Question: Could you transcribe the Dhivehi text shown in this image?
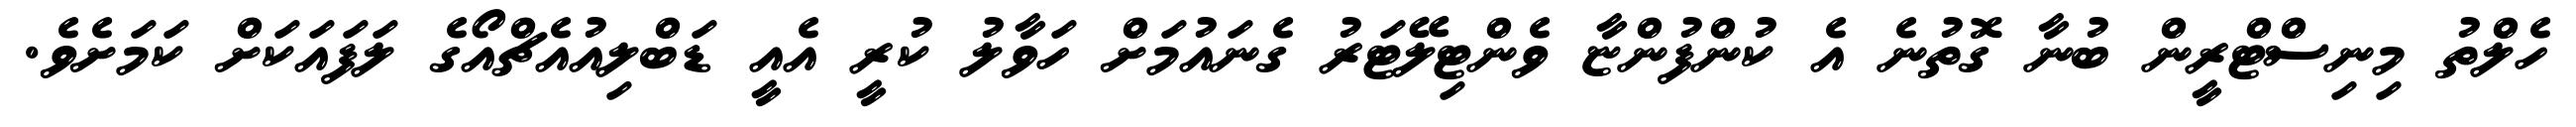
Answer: ހެލްތު މިނިސްޓްރީން ބުނާ ގޮތުނެ އެ ކުންފުންޏާ ވެންޓިލޭޓަރު ގެނައުމަށް ހަވާލު ކުރީ އެއީ ޑަބްލިއުއެޗްއޯގެ ލަފައަކަށް ކަމަށެވެ.